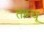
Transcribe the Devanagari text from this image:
ताम्धू